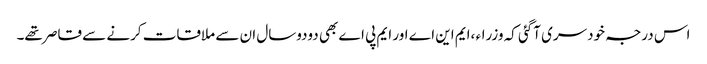
اس درجہ خودسری آگئی کہ وزراء ،ایم این اے اور ایم پی اے بھی دودوسال ان سے ملاقات کرنے سے قاصر تھے۔